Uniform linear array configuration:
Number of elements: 16
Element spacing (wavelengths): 1
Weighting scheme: kaiser
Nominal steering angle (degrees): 45
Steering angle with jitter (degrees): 44.582
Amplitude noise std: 0.05
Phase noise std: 0.05

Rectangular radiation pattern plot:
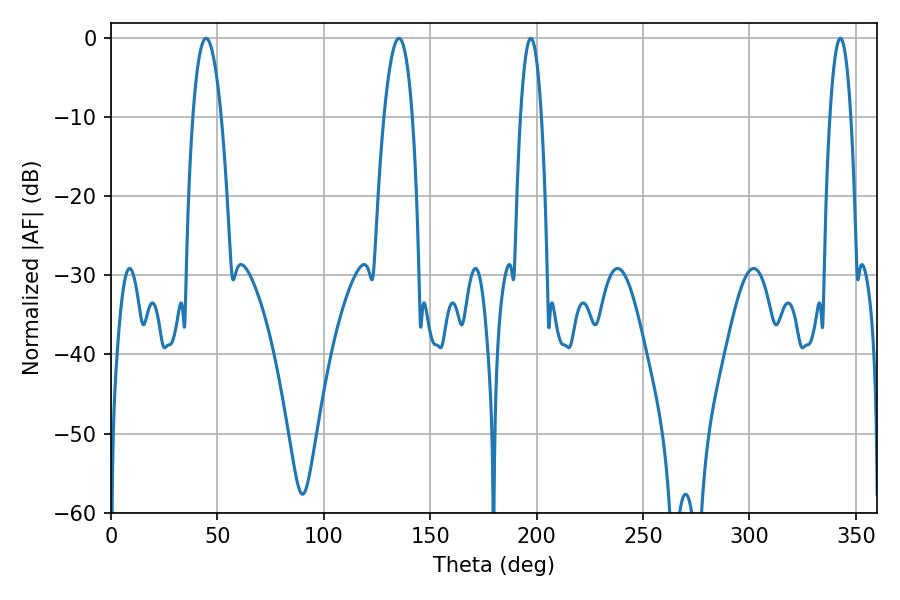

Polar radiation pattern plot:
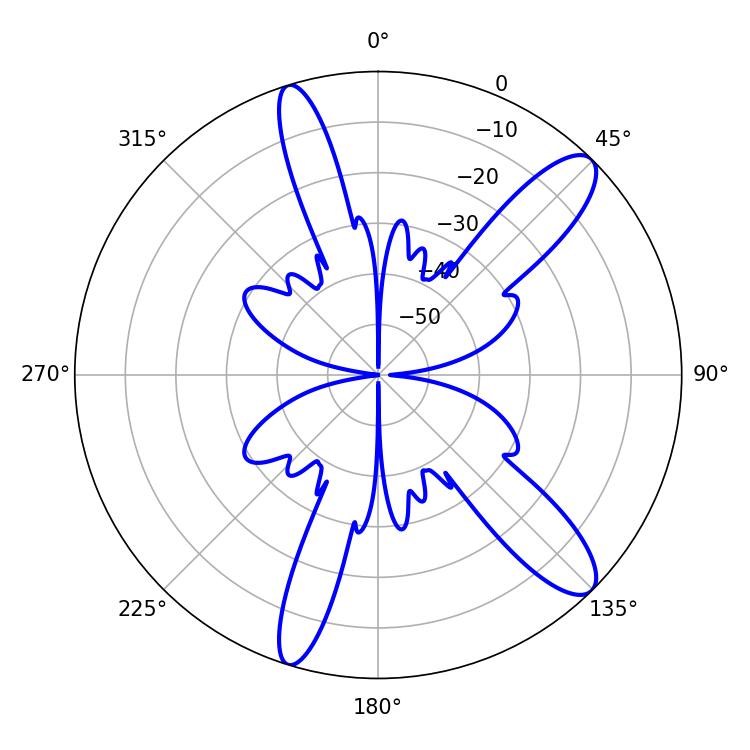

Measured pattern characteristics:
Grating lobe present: TRUE
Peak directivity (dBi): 11.742
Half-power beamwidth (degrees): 5.4
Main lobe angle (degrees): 197.28